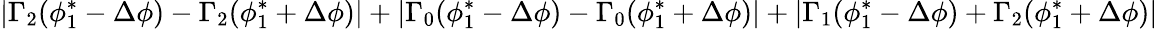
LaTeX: \vert\Gamma_{2}(\phi_{1}^{*}-\Delta\phi)-\Gamma_{2}(\phi_{1}^{*}+\Delta\phi)\vert+\vert\Gamma_{0}(\phi_{1}^{*}-\Delta\phi)-\Gamma_{0}(\phi_{1}^{*}+\Delta\phi)\vert+\vert\Gamma_{1}(\phi_{1}^{*}-\Delta\phi)+\Gamma_{2}(\phi_{1}^{*}+\Delta\phi)\vert